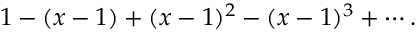
1 - ( x - 1 ) + ( x - 1 ) ^ { 2 } - ( x - 1 ) ^ { 3 } + \cdots .